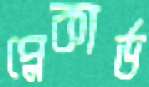
প্লেকার্ড